Annual report on the health of the army in India
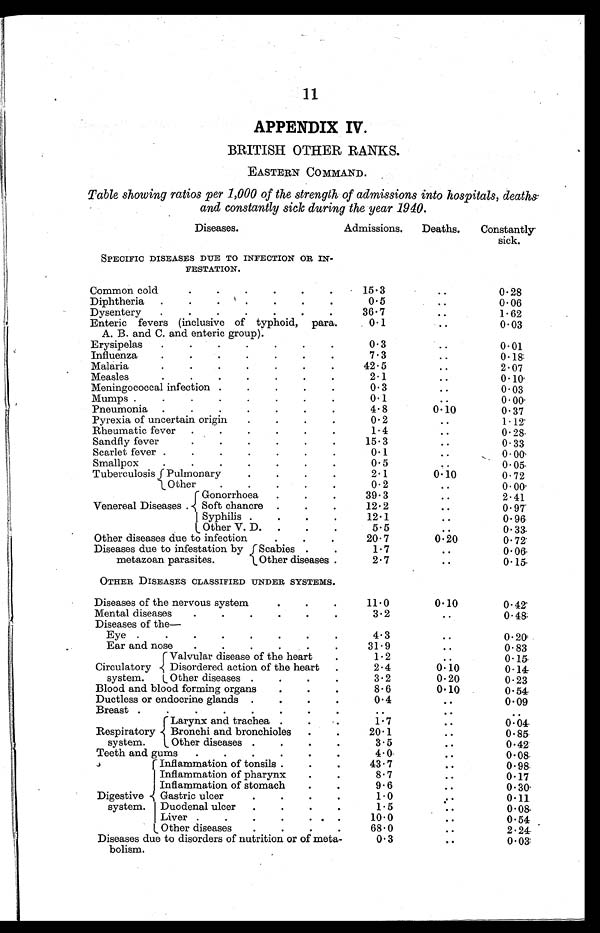
11
APPENDIX IV.
BRITISH OTHER RANKS.
EASTERN COMMAND.
Table showing ratios per 1,000 of the strength of admissions into hospitals, deaths
and constantly sick during the year 1940.
Diseases.
Admissions.
Deaths.
Constantly
sick.
SPECIFIC DISEASES DUE TO INFECTION OR IN-
FESTATION.
Common cold
.
.
.
. . .
15.3
..
0.28
Diphtheria
.
.
.
. . . .
0.5
..
0 . 06
Dysentery
. . . . . . .
36.7
..
1.62
Enteric fevers (inclusive of typhoid, para.
0.1
0.03
A. B. and C. and enteric group).
Erysipelas
.
.
.
.
.
.
.
0.3
..
0.01
Influenza
.
.
. . . . .
7 . 3
..
0.18
Malaria
.
.
.
. . .
42 . 5
..
2.07
Measles.
.
.
.
.
.
.
2.1
..
0.10
Meningococcal infection .
.
.
.
.
0.3.
..
0.03
Mumps .
.
.
.
.
.
. .
0.1
..
0.00
Pneumonia .
.
.
.
.
.
.
4.8
0.10
0.37
Pyrexia of uncertain origin
.
.
.
.
0.2
..
1.12
Rheumatic fever
.
.
.
.
.
.
1.4
..
0. 28
Sandfly fever.
.
.
. . .
15 . 3
..
0.33
Scarlet fever .
.
.
.
.
.
.
0.1
..
0.00
Smallpox
.
.
.
.
.
.
.
0.5
..
0.05
Tuberculosis Pulmonary
.
.
.
.
2.1
0.10
0.72
Other
.
.
.
. .
0.2
..
0.00
Gonorrhoea
. . .
39.3
..
2.41
Venereal Diseases . Soft chancre .
.
.
12.2
..
0.97
Syphilis .
.
.
.
12.1
..
0.96
Other V. D.
.
.
.
5.5
..
0.33.
Other diseases due to infection
.
.
.
20.7
0.20
0.72
Diseases due to infestation by
Scabies .
.
1.7
..
0-06.
metazoan parasites.
Other diseases .
2.7
..
0.15
OTHER DISEASES CLASSIFIED UNDER SYSTEMS.
Diseases of the nervous system
.
.
.
11.0
0.10
0.42
Mental diseases
.
.
.
.
.
.
3.2
..
0.48
Diseases of the-
Eye.
.
.
.
.
.
.
.
4 . 3
..
0.20
Ear and nose
.
.
.
.
. .
31.9
..
0.83
Valvular disease of the heart.
1.2
..
0. 15
Circulatory
Disordered action of the heart.
2.4
0.10
0.14
system.
Other diseases .
.
.
.
3.2
0.20
0.23
Blood and blood forming organs
.
.
.
8.6
0.10
0.54
Ductless or endocrine glands .
.
.
.
0.4
..
0.09
Breast.
.
.
.
.
.
.
.
. .
..
..
Larynx and trachea .
.
1.7
..
0.04
Respiratory
Bronchi and bronchioles
.
.
20.1
..
0.85
system.
Other diseases .
.
. .
3.5
..
0.42
Teeth and gums
.
.
.
.
.
.
4 . 0
..
0.08
Inflammation of tonsils .
.
.
43.7
..
0.98
Inflammation of pharynx
.
.
8.7
..
0.17
Inflammation of stomach
.
.
9.6
..
0.30
Digestive Gastric ulcer.
.
.
.
1.0
..
0.11
system. Duodenal ulcer
.
.
.
.
1.5
..
0.08
Liver .
.
. . . . .
10.0
..
0.54
Other diseases
.
.
.
.
68.0
..
2.24
Diseases due to disorders of nutrition or of meta-
bolism.
0.3
..
0.03